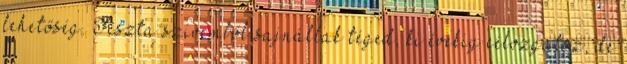
lehetőség. Tiszta szívemből sajnállak téged, ki évekig célozgatsz, de